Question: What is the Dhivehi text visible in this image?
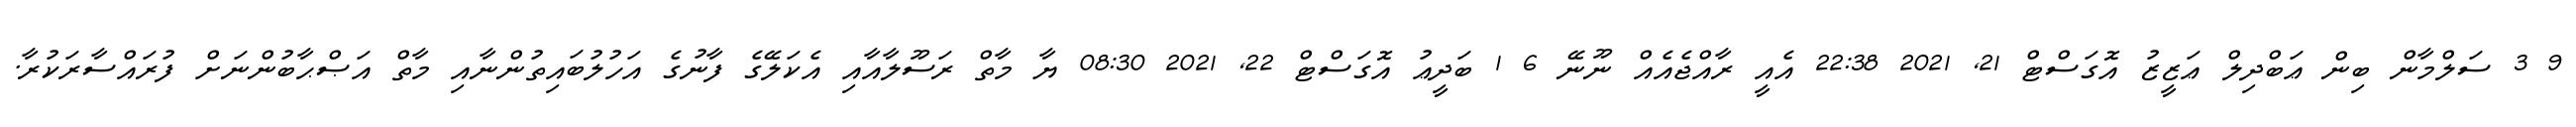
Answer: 9 3 ސަލްމާން ބިން ޢަބްދިލް ޢަޒީޒު އޮގަސްޓް 21, 2021 22:38 އެއީ ރާއްޖެއެއް ނޫނޭ 6 1 ބަދީޢު އޮގަސްޓް 22, 2021 08:30 ޔާ މާތް ރަސޫލާއާއި އެކަލޭގެ ފާނުގެ އަހުލުބައިތުންނާއި މާތް އަޞްޙާބުންނަށް ފުރައްސާރަކުރާ.